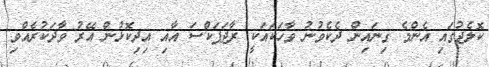
ކޮލެޖުގައި އެންމެ ގިނައިން ދެކެވުނު ވާހަކައަކީ ރާޖަޕަކްސަ އާއި އިދިކޮޅުން އޭރު ވާދަކުރެއްވި